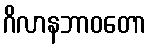
ဂိလာနဘာဝတော